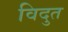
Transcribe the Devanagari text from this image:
विदुत